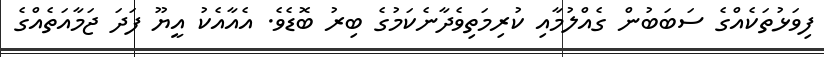
ފިވަޅުތަކެއްގެ ސަބަބުން ގެއްލުމާއި ކުރިމަތިވެދާނެކަމުގެ ބިރު ބޮޑެވެ. އެއާއެކު އީޔޫ ފަދަ ޖަމާއަތެއްގެ